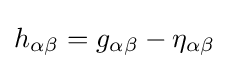
h_{\alpha \beta }=g_{\alpha \beta }-\eta _{\alpha \beta }